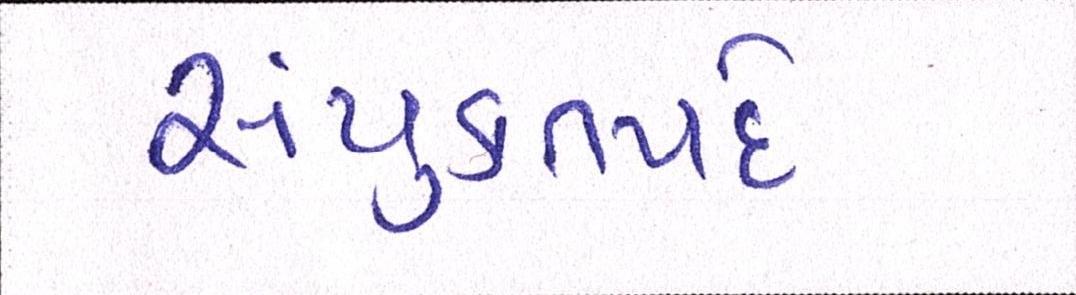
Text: સંયુક્તપદે